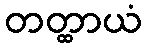
တတ္ထာယံ